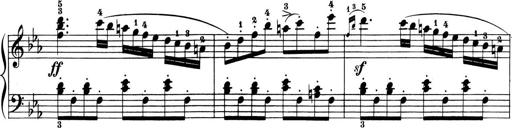
Title: 6 Piano Sonatinas
Composer: Cornelius Gurlitt